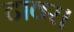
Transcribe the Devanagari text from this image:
टावर।